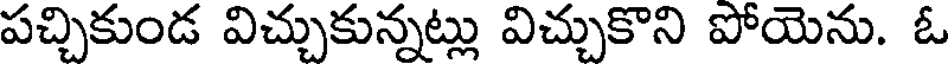
పచ్చికుండ విచ్చుకున్నట్లు విచ్చుకొని పోయెను. ఓ